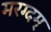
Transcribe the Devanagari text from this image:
मरग्दम्